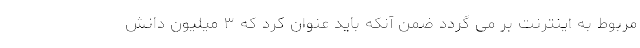
مربوط به اینترنت بر می گردد ضمن آنکه باید عنوان کرد که ۳ میلیون دانش